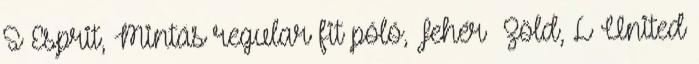
S Esprit, Mintás regular fit póló, Fehér Zöld, L United